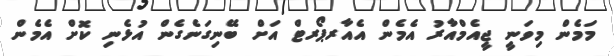
މަމެން މިވަނީ ޖީއެމްއާރު އެމެން އެއާރޕޯރޓް އަށް ބޭނިގަނެގެން އުޅެނި ކޮށް އެމެން